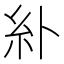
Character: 𫃚